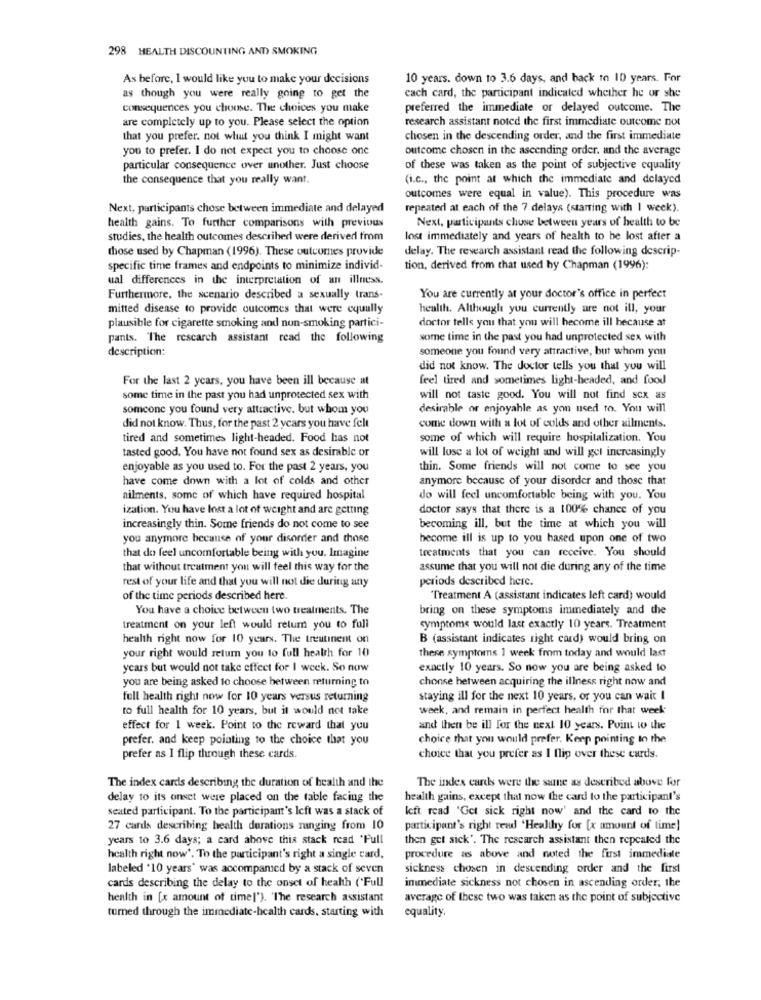
298 HEALTH DISCOUNTING AND SMOKING
As before, I would like you to make your decisions
10 years. down to 3.6 days, and back to 10 years. For
as though you were really going to get the
cach card, the participant indicated whether he or she
consequences you choose. The choices you make
preferred the immediate or delayed outcome. The
are completely up to you. Please select the option
research assistant noted the first immediate outcome not
that you prefer. not what you think I might want
chosen in the descending order, and the first immediate
you to prefer. I do not expect you to choose one
outcome chosen in the ascending order, and the average
particular consequence over another. Just choose
of these was taken as the point of subjective equality
the consequence that you really want.
(i.c ., the point at which the immediate and delayed
outcomes were equal in value). This procedure was
Next, participants chose between immediate and delayed
repeated at each of the 7 delays (starting with 1 week).
Next, participants chuse between years of health to be
health gains. To further comparisons with previous
studies, the health outcomes described were derived from
lost immediately and years of health to be lost after a
those used by Chapman (1996). These outcomes provide
delay. The research assistant read the following descrip-
specific time frames and endpoints to minimize individ-
tion, derived from that used by Chapman (1996):
ual differences in the interpretation of an illness.
Furthermore, the scenario described a sexually trans-
You are currently at your doctor's office in perfect
mitted disease to provide outcomes that were equally
health. Although you currently are not ill, your
doctor tells you that you will become ill because at
plausible for cigarette smoking and non-smoking partici-
pants. The research assistant read the following
some time in the past you had unprotected sex with
description:
someone you found very attractive, but whom you
did not know. The doctor tells you that you will
For the last 2 years, you have been ill because at
feel tired and sometimes light-headed, and food
some time in the past you had unprotected sex with
will not taste good. You will not find scx as
someone you found very attractive. but whom you
desirable or enjoyable as you used to. You will
did not know. Thus, for the past 2 years you have felt
come down with a lot of colds and other ailments.
tired and sometimes light-headed. Food has not
some of which will require hospitalization. You
tasted good. You have not found sex as desirable or
will lose a lot of weight and will get increasingly
enjoyable as you used to. For the past 2 years, you
thin. Some friends will not come to see you
have come down with a lot of colds and other
anymore because of your disorder and those that
ailments, some of which have required hospital
do will feel uncomfortable being with you. You
ization. You have lost a lot of weight and are getting
doctor says that there is a 100% chance of you
increasingly thin. Some friends do not come to see
becoming ill, but the time at which you will
you anymore because of your disorder and those
become ill is up to you based upon one of two
treatments that you can receive. You should
that do feel uncomfortable being with you. Imagine
that without treatment you will feel this way for the
assume that you will not die during any of the time
rest of your life and that you will not die during any
periods described here.
of the time periods described here.
Treatment A (assistant indicates left card) would
You have a choice between two treatments. The
bring on these symptoms immediately and the
treatment on your left would relum you to full
symptome would last exactly 10 years. Treatment
health right now for 10 years. The treutinent on
B (assistant indicates right card) would bring on
your right would retum you to full health for 10
these symptoms 1 week from today and would last
years but would not take effect for I week. So now
exactly 10 years. So now you are being asked to
you are being asked to choose between returning to
choose between acquiring the illness right now and
full health right now for 10 years versus returning
staying ill for the next 10 years, or you can wait I
to full health for 10 years, but it would not take
week, and remain in perfect health for that week
effect for 1 week. Point to the reward that you
and then be ill for the next 10 years. Point wo the
prefer. and keep pointing to the choice that you
choice that you would prefer. Keep pointing to the
prefer as I flip through these cards.
choice that you prefer as I flip over these cards.
The index cards were the same as described above for
The index cards describing the duration of health and the
delay to its onset were placed on the table facing the
health gains, except that now the card to the participant's
seated participant. To the participant's left was a stack of
Icft read 'Get sick right now' and the card to the
27 cards describing health durations ranging from 10
participant's right rend 'Healthy for [x amount of time]
years to 3.6 days; a card above this stack read 'Full
then get sick'. The research assistant then repeated the
health right now'. To the participant's right a single card,
procedure as above and noted the first immediate
labeled '10 years' was accompanied by a stack of seven
sickness chosen in descending order and the first
cards describing the delay to the onset of health (*Full
immediate sickness not chosen in ascending order, the
health in [x amount of timel'). 'The research assistant
average of these two was taken as the point of subjective
turned through the immediate-health cards, starting with
equality.